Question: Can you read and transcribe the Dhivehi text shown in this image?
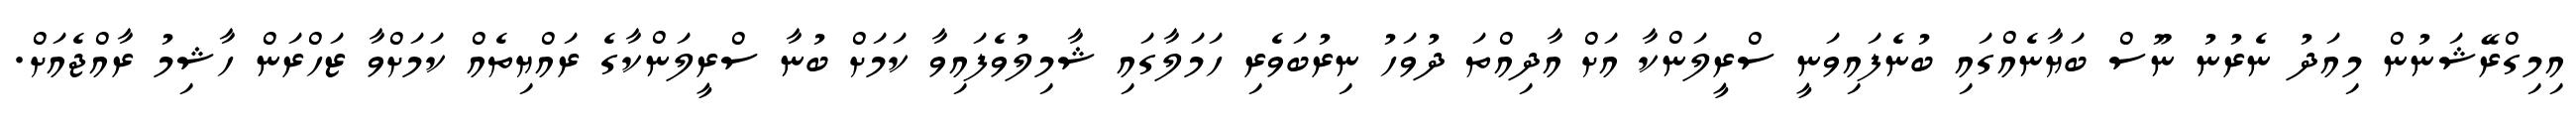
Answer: އިމިގްރޭޝަނުން މިއަދު ނެރުނު ނޫސް ބަޔާނެއްގައި ބުނެފައިވަނީ ސްރީލަންކާ އަށް އާދިއްތަ ދުވަހު ނިރުބަވެރި ހަމަލާގައި ޝާމިލުވެފައިވާ ކަމަށް ބުނާ ސްރީލަންކާގެ ރައްޔިތެއް ކަމަށްވާ ޒަހްރަން ހާޝިމު ރާއްޖެއަށް.